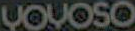
VOVOSO